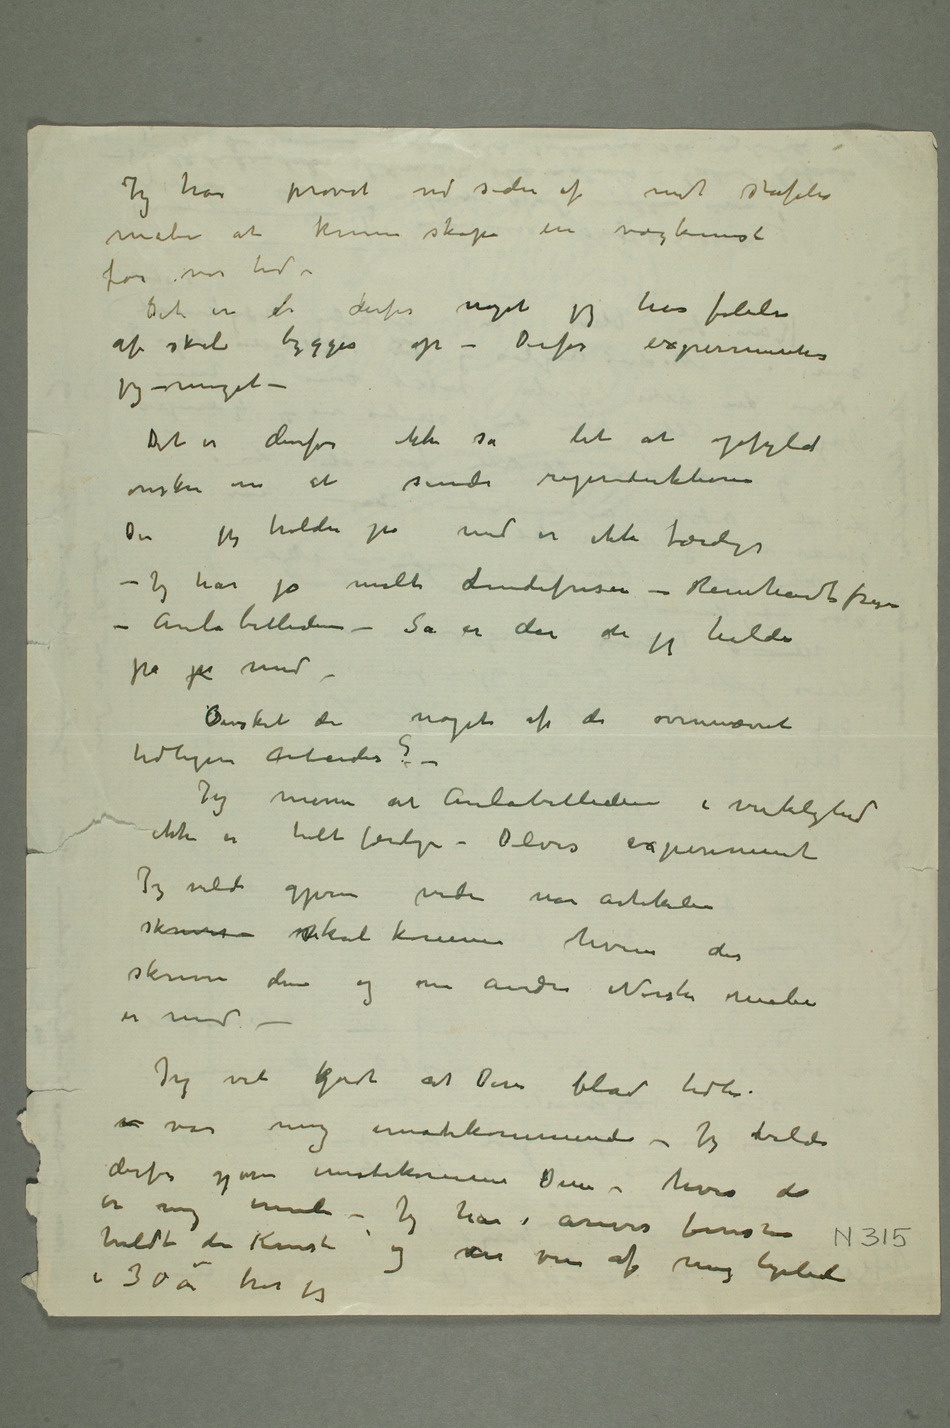
Jeg har prøvet ved siden af mit stafeli
maleri at kunne skape en vægkunst
for vor tid –
Det er  derfor noget jeg har følelsen
af skal bygges op – Derfor experimenterer
jeg meget –
Det er derfor ikke så let at opfylde
ønsker om at sende reproduktioner
Det jeg holder på med er ikke ferdigt
– Jeg har jo malt Lindefrisen – Reinhardtfrisen –
Aulabillederne – Så er der de jeg holder
på p med
tidligere arbeider? –
Jeg mener at Aulabillederne i virkelighed
Jeg vilde gjerne vide når artikelen
skrives skal komme hvem der
skriver den
og om andre Norske malere
Jeg vet kgodt at Deres blad tidli
v var mig imøtekommende – Jeg vilde
derfor gjerne imøtekomme Dem – hvis det
og var ven af mig ligeledes
i 30 år har jeg